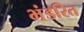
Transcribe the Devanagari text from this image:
भंडरित